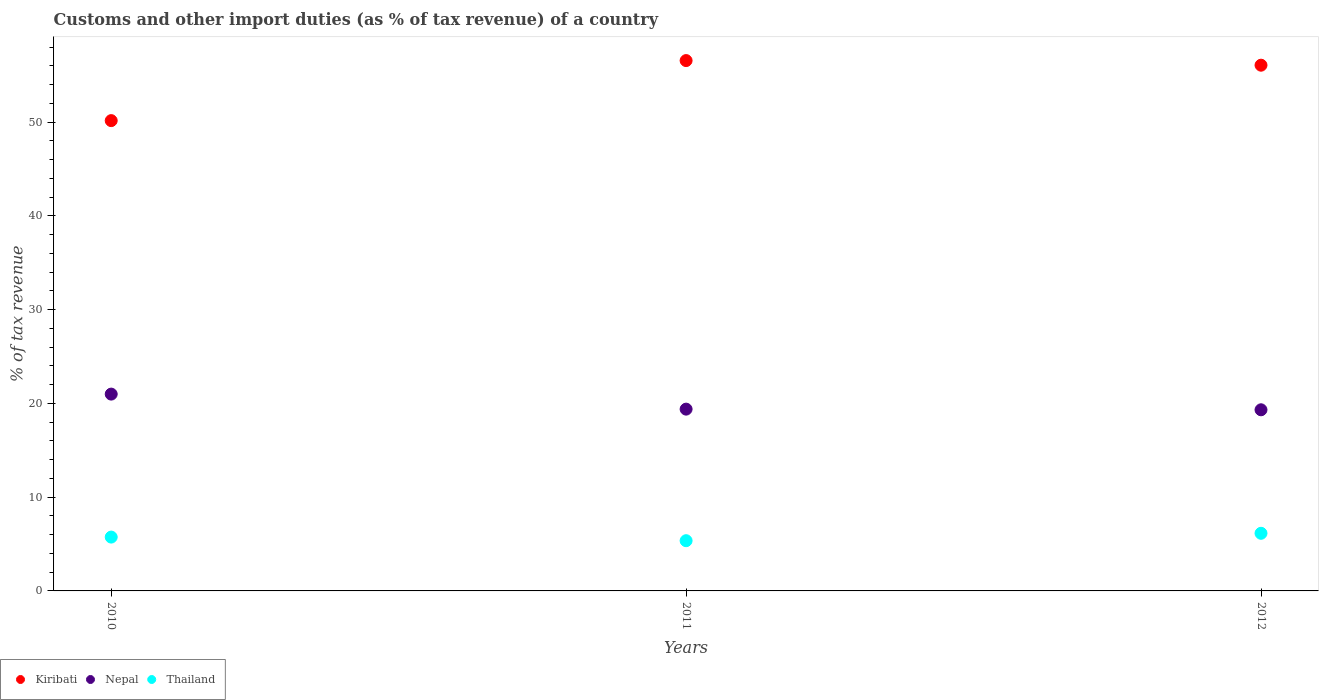
| Years | Kiribati | Nepal | Thailand |
 | --- | --- | --- | --- |
 | 2010 | 50.2 | 21 | 5.74 |
 | 2011 | 56.6 | 19.4 | 5.36 |
 | 2012 | 56.1 | 19.3 | 6.15 |